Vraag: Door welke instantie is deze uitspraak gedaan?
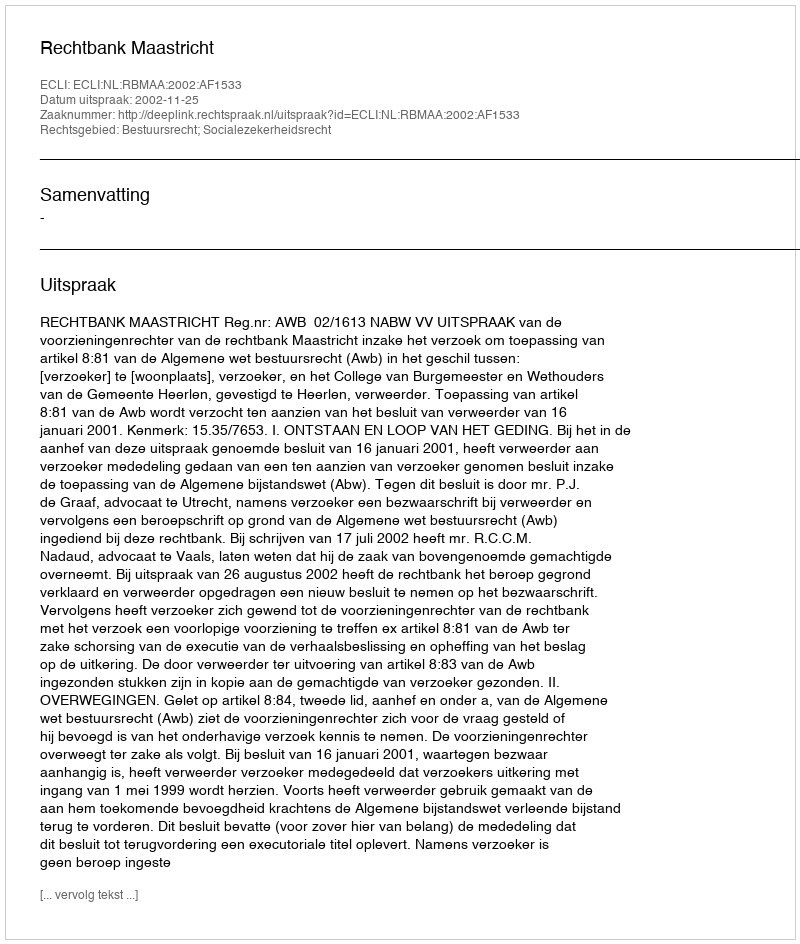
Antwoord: Rechtbank Maastricht